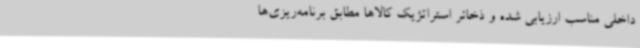
داخلی مناسب ارزیابی شده و ذخائر استراتژیک کالاها مطابق برنامه‌ریزی‌ها